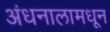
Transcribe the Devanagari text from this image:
अंधनालामधून